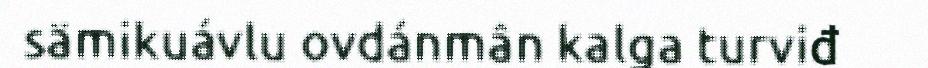
sämikuávlu ovdánmân kalga turviđ